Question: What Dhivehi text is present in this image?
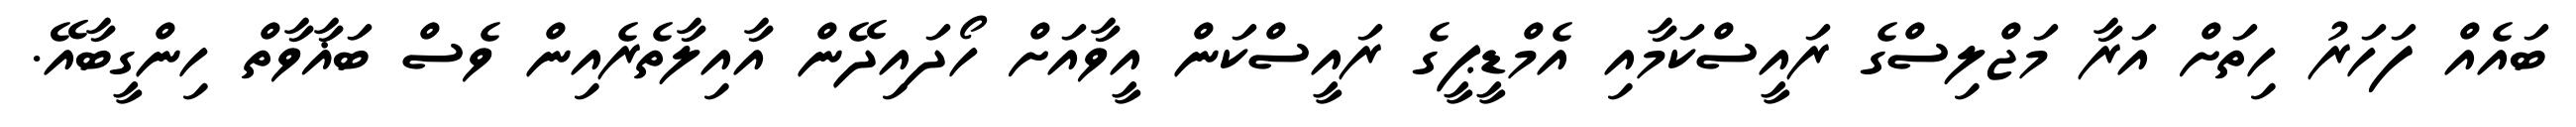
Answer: ބައެއް ފަހަރު ހިތަށް އަރާ މަޖްލިސްގެ ރައީސްކަމާއި އެމްޑީޕީގެ ރައީސްކަން އީވާއަށް ހޯދައިދޭން އާއިލާތެރެއިން ވެސް ބަޣާވާތް ހިންގީބާއޭ.